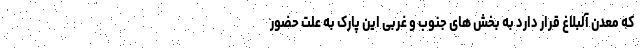
که معدن آلبلاغ قرار دارد به بخش های جنوب و غربی این پارک به علت حضور